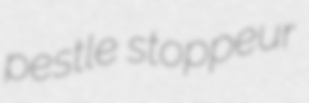
pestle stoppeur